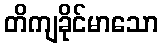
တိကျခိုင်မာသော